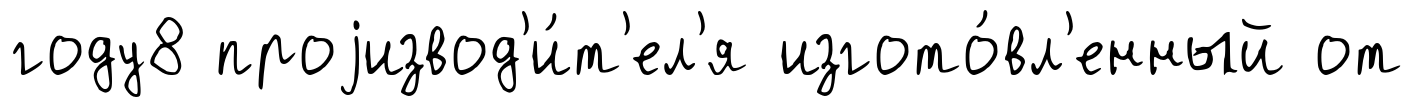
году8 проjизвод'и́т'ел'я изгото́вл'енный от